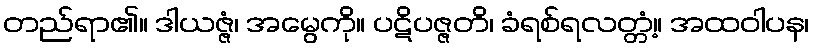
တည်ရာ၏။ ဒါယဇ္ဇံ၊ အမွေကို။ ပဋိပဇ္ဇတိ၊ ခံရစ်ရလတ္တံ့။ အထဝါပန၊